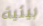
بيئية